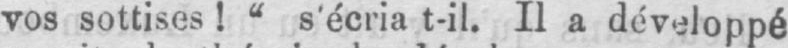
vos sottises!“ s’écria t-il. Il a développé